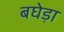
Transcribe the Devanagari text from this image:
बघेड़ा